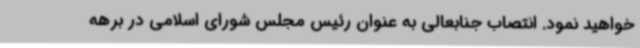
خواهید نمود. انتصاب جنابعالی به عنوان رئیس مجلس شورای اسلامی در برهه